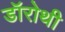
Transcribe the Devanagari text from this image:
डॉरोथी